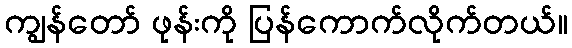
ကျွန်တော် ဖုန်းကို ပြန်ကောက်လိုက်တယ်။